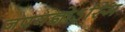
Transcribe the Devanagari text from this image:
जपयज्ञोऽस्मि